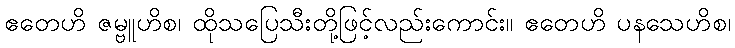
ဧတေဟိ ဇမ္ဗူဟိစ၊ ထိုသပြေသီးတို့ဖြင့်လည်းကောင်း။ ဧတေဟိ ပနသေဟိစ၊